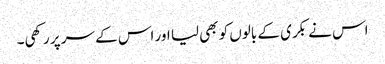
اس نے بکری کے بالوں کو بھی لیا اور اس کے سر پر رکھی۔